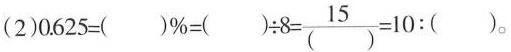
(2) $$0 . 6 2 5 = ( ) % = ( ) \div 8 = \frac{15}{( )} = 1 0 : ( )$$。